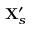
\mathbf { X } _ { s } ^ { \prime }